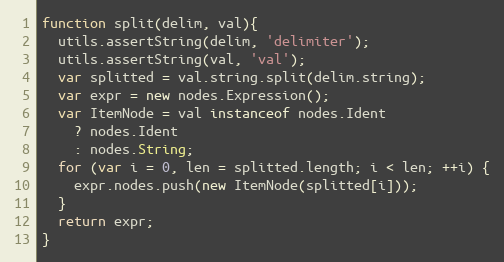
Language: JavaScript
function split(delim, val){
  utils.assertString(delim, 'delimiter');
  utils.assertString(val, 'val');
  var splitted = val.string.split(delim.string);
  var expr = new nodes.Expression();
  var ItemNode = val instanceof nodes.Ident
    ? nodes.Ident
    : nodes.String;
  for (var i = 0, len = splitted.length; i < len; ++i) {
    expr.nodes.push(new ItemNode(splitted[i]));
  }
  return expr;
}